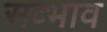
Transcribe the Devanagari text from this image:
सव्भाव